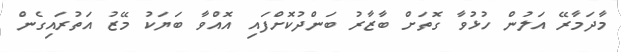
މާދަމާރޭ އަލުން ހުޅުވާ ގޮތަށް ބާޒާރު ބަންދުކޮށްފައި އޮއްވާ ބަޔަކު މޭޒު އަތުރައިގެން